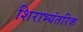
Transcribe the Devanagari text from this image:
शिराभ्यंतरिक